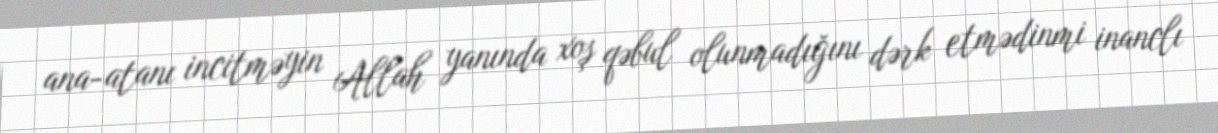
ana-atanı incitməyin Allah yanında xoş qəbul olunmadığını dərk etmədinmi inanclı